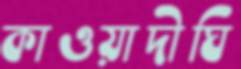
কাওয়াদীঘি